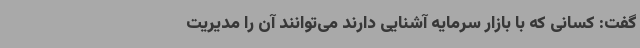
گفت: کسانی که با بازار سرمایه آشنایی دارند می‌توانند آن را مدیریت